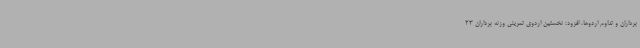
برداران و تداوم اردوها، افزود: نخستین اردوی تمرینی وزنه برداران 23